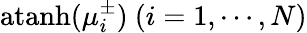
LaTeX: \mathrm{atanh}(\mu_{i}^{\pm})~(i=1,\cdots,N)